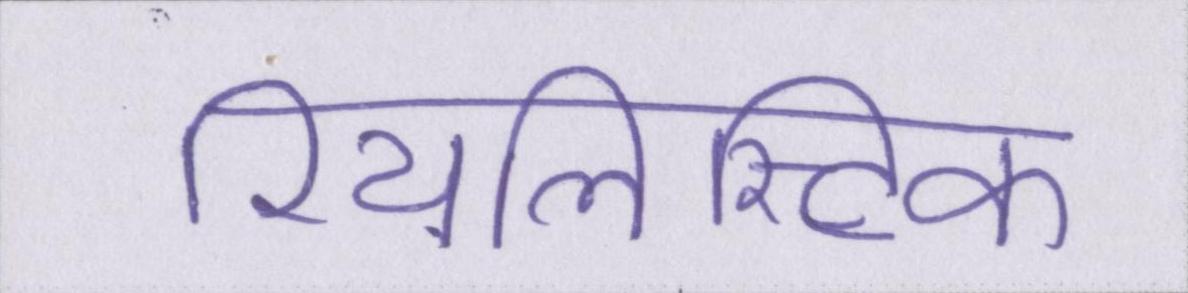
रियलिस्टिक